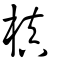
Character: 槙